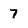
Character: 7